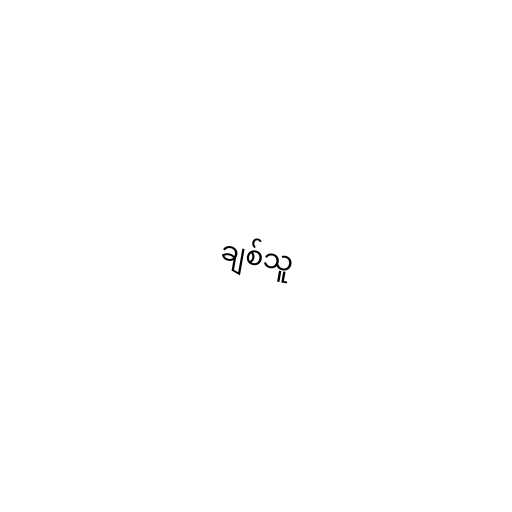
ချစ်သူ